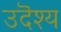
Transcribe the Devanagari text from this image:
उदॆश्य